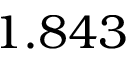
1 . 8 4 3